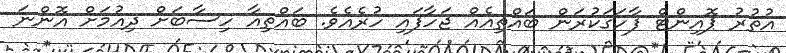
އުތުރު ޕޮއިންޓް ފާހަގަކުރަން ބައްތިއެއް ޖަހާފައި ހުރެއެވެ. ބައްތިއާ ހިސާބަށް ދިއުމަށް އޮންނަ